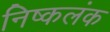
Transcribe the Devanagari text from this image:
निष्‍कलंक